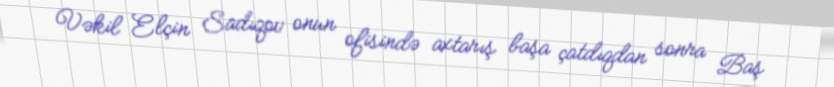
Vəkil Elçin Sadıqov onun ofisində axtarış başa çatdıqdan sonra Baş